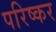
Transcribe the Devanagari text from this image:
परिष्कर